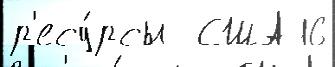
р'есу́рсы  США 16